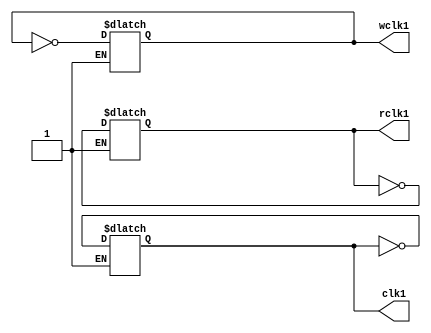
module clock_driver ( clk1, wclk1, rclk1);

output clk1;
output wclk1,rclk1;

parameter  CLKPERIOD = 15;
parameter  WCLKPERIOD = 15;
parameter  RCLKPERIOD = 15;

reg clk1, wclk1, rclk1;
reg enable;

initial begin
  clk1 = 1'b0;
  wclk1 = 1'b0;
  rclk1 = 1'b0;
  enable = 1'b1;

end


always @(clk1 or enable)
begin
  if (enable)
    clk1 <= #(CLKPERIOD) ~clk1;
end

always @(wclk1 or enable)
begin
  if (enable)
    wclk1 <= #(WCLKPERIOD) ~wclk1;
end


always @(rclk1 or enable)
begin
  if (enable)
    rclk1 <= #(RCLKPERIOD) ~rclk1;
  
end



task clk_on;
begin
  enable = 1'b1;
end
endtask

task clk_off;
begin
  enable = 1'b0;
end
endtask


endmodule